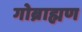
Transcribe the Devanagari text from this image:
गोब्राह्मण